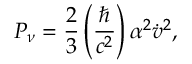
P _ { \nu } = \frac { 2 } { 3 } \left( \frac { \hbar } { c ^ { 2 } } \right) \alpha ^ { 2 } \dot { v } ^ { 2 } ,